Indian journal of veterinary science and animal husbandry - Volume 3,
Year: 1933
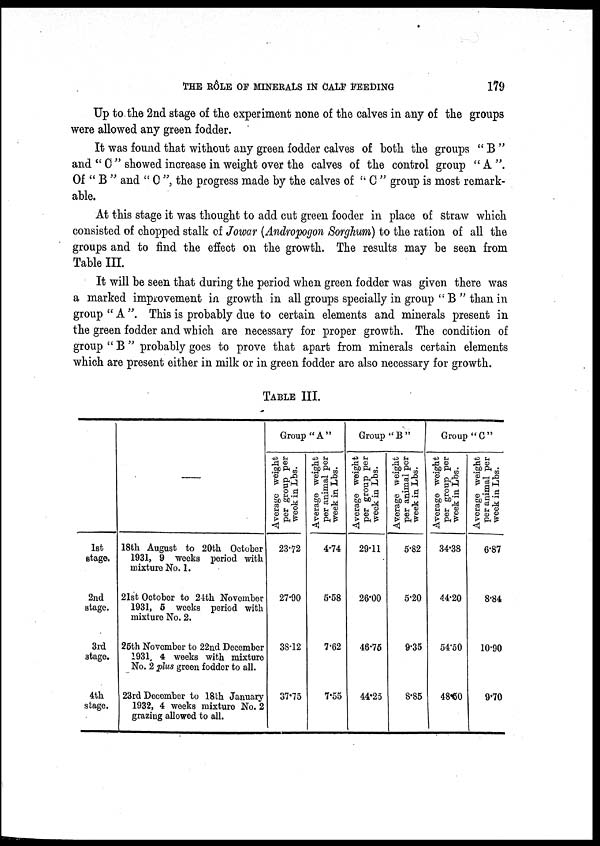
THE RÔLE OF MINERALS IN CALF FEEDING 179
Up to the 2nd stage of the experiment none of the calves in any of the groups
were allowed any green fodder.
It was found that without any green fodder calves of both the groups " B "
and " C " showed increase in weight over the calves of the control group " A ".
Of " B " and " C ", the progress made by the calves of " C " group is most remark-
able.
At this stage it was thought to add cut green fooder in place of straw which
consisted of chopped stalk of Jowar (Andropogon Sorghum) to the ration of all the
groups and to find the effect on the growth. The results may be seen from
Table III.
It will be seen that during the period when green fodder was given there was
a marked improvement in growth in all groups specially in group " B " than in
group " A". This is probably due to certain elements and minerals present in
the green fodder and which are necessary for proper growth. The condition of
group " B " probably goes to prove that apart from minerals certain elements
which are present either in milk or in green fodder are also necessary for growth.
TABLE III.
—
1st
stage.
2nd
stage.
3rd
stage.
4th
stage.
18th August to 20th October
1931, 9 weeks period with
mixture No. 1.
21st October to 24th Novomber
1931, 5 weeks period with
mixture No. 2.
25th November to 22nd December
1931, 4 weeks with mixture
No. 2 plus green fodder to all.
23rd December to 18th January
1932, 4 weeks mixture No. 2
grazing allowed to all.
Group "A"
Average weight
per group per
week in Lbs.
23.72
27.90
38.12
37.75
Average weight
per animal per
week in Lbs.
4.74
5.58
7.62
7.55
Group "B"
Average weight
per group per
week in Lbs.
29.11
26.00
48.75
44.25
Average weight
per animal per
week in Lbs.
5.82
5.20
9.35
8.85
Group "C"
Average weight
per group per
week in Lbs.
34.38
44.20
54.50
48.50
Average weight
per animal per
week in Lbs.
6.87
8.84
10.90
9.70